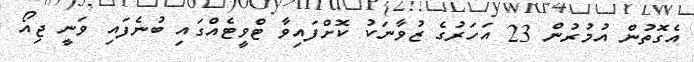
އެގޮތުން އުމުރުން 23 އަހަރުގެ ޒުވާނަކު ކޮށްފައިވާ ޓްވީޓެއްގައި ބުނެފައި ވަނީ ޖިއޯ